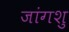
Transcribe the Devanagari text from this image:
जांगशु